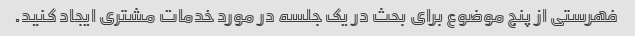
فهرستی از پنج موضوع برای بحث در یک جلسه در مورد خدمات مشتری ایجاد کنید.